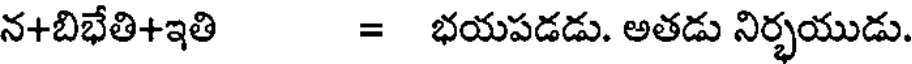
న+బిభేతి+ఇతి = భయపడడు. అతడు నిర్భయుడు.